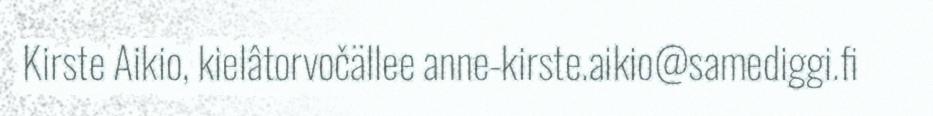
Kirste Aikio, kielâtorvočällee anne-kirste.aikio@samediggi.fi